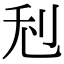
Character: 𠛦